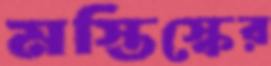
মস্তিস্কের